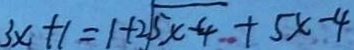
3 x + 1 = 1 + 2 \sqrt { 5 x - 4 } + 5 x - 4